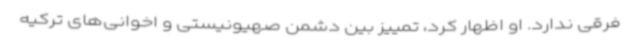
فرقی ندارد. او اظهار کرد، تمییز بین دشمن صهیونیستی و اخوانی‌های ترکیه